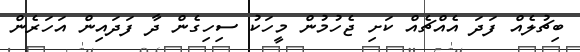
ބިޗުލެއް ފަދަ އެއްޗެއް ކަށި ޖެހުމުން މީހަކު ސިހިގެން ދާ ފަދައިން އަހަރެން